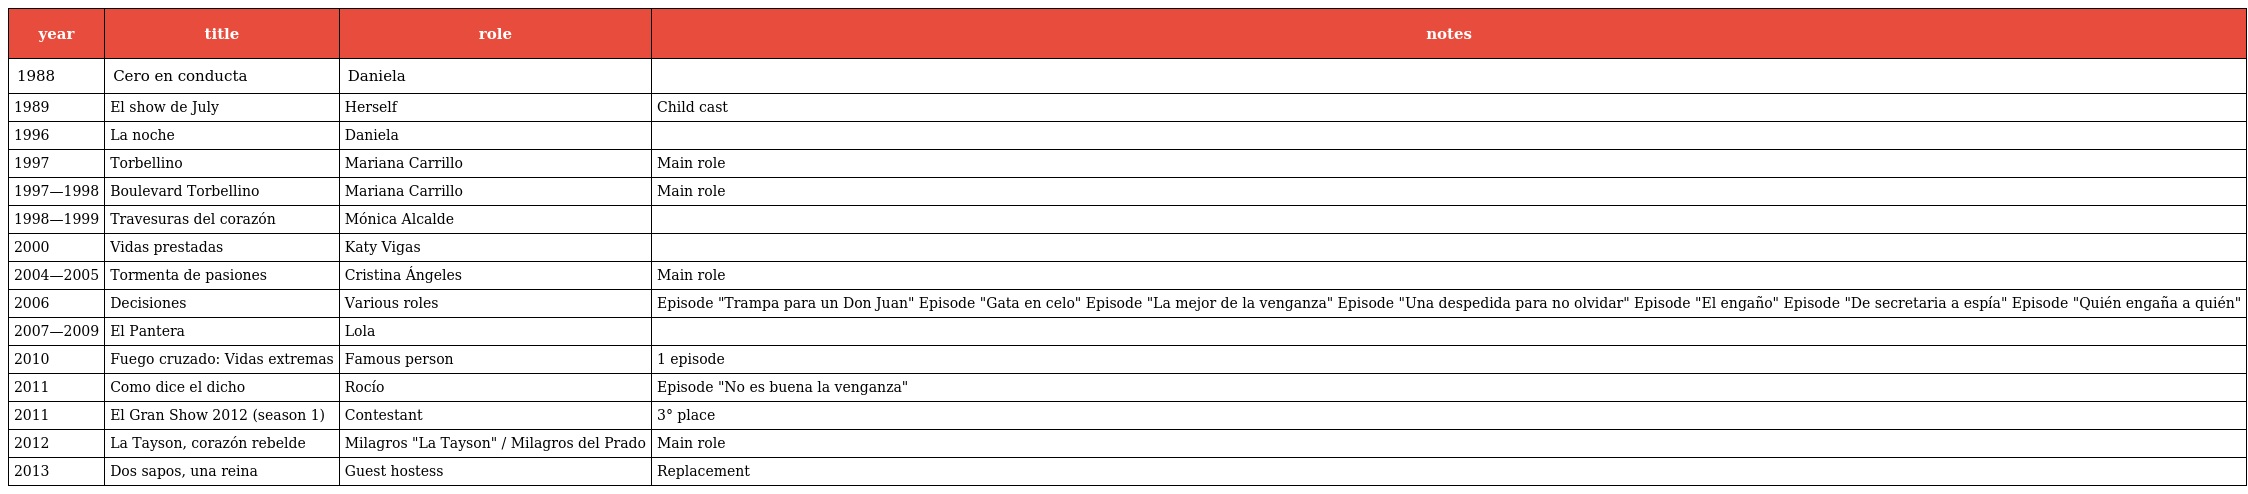
| year | title | role | notes |
 | --- | --- | --- | --- |
 | 1988 | Cero en conducta | Daniela |  |
 | 1989 | El show de July | Herself | Child cast |
 | 1996 | La noche | Daniela |  |
 | 1997 | Torbellino | Mariana Carrillo | Main role |
 | 1997—1998 | Boulevard Torbellino | Mariana Carrillo | Main role |
 | 1998—1999 | Travesuras del corazón | Mónica Alcalde |  |
 | 2000 | Vidas prestadas | Katy Vigas |  |
 | 2004—2005 | Tormenta de pasiones | Cristina Ángeles | Main role |
 | 2006 | Decisiones | Various roles | Episode "Trampa para un Don Juan" Episode "Gata en celo" Episode "La mejor de la venganza" Episode "Una despedida para no olvidar" Episode "El engaño" Episode "De secretaria a espía" Episode "Quién engaña a quién" |
 | 2007—2009 | El Pantera | Lola |  |
 | 2010 | Fuego cruzado: Vidas extremas | Famous person | 1 episode |
 | 2011 | Como dice el dicho | Rocío | Episode "No es buena la venganza" |
 | 2011 | El Gran Show 2012 (season 1) | Contestant | 3° place |
 | 2012 | La Tayson, corazón rebelde | Milagros "La Tayson" / Milagros del Prado | Main role |
 | 2013 | Dos sapos, una reina | Guest hostess | Replacement |